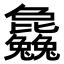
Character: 𣬚